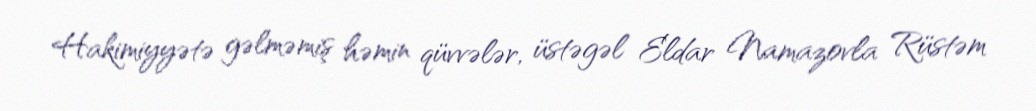
Hakimiyyətə gəlməmiş həmin qüvvələr, üstəgəl Eldar Namazovla Rüstəm